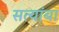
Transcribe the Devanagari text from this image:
सत्यांबा